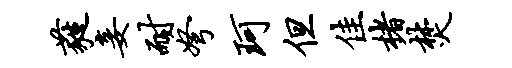
蕤妾耐弩珂但佳楮焚